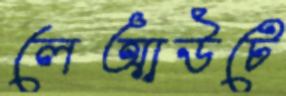
লেআউটে